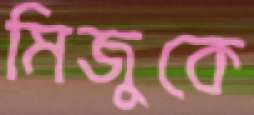
মিজুকে